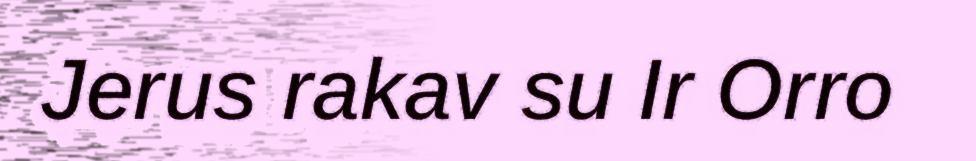
Jerus rakav su Ir Orro